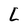
Character: L